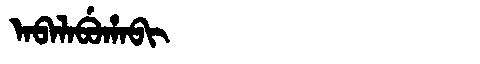
Manchu: ᠠᠪᠠᠯᠠᠪᡠᡥᠠᠪᡳ
Romanization: ABALABUHABI